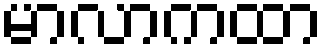
မာလာကထာ